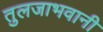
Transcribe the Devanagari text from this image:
तुलजाभवानी